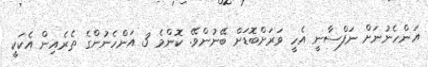
އަންހެނުނަށް ނަފްސާނީ އެހީ ވަރަށްބޮޑަށް ބޭނުންވޭ. ކޮންމެ 3 އަންހެނުންގެ ތެރެއިން އެކަކީ